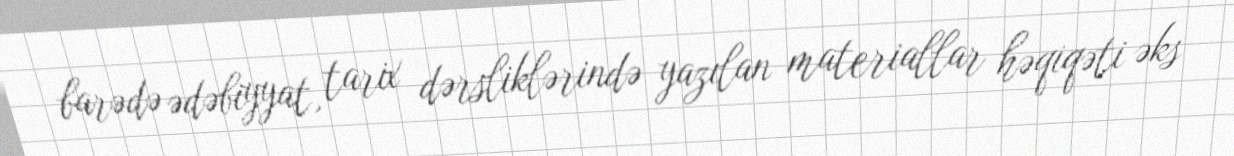
barədə ədəbiyyat, tarix dərsliklərində yazılan materiallar həqiqəti əks